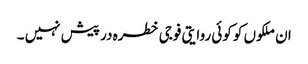
ان ملکوں کو کوئی روایتی فوجی خطرہ در پیش نہیں ۔